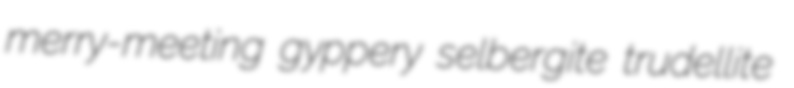
merry-meeting gyppery selbergite trudellite